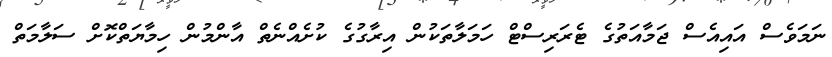
ނަމަވެސް އައިއެސް ޖަމާއަތުގެ ޓެރަރިސްޓް ހަމަލާތަކުން އިރާގުގެ ކުށެއްނެތް އާންމުން ހިމާޔަތްކޮށް ސަލާމަތް